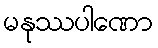
မနုဿပါဏော